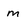
Character: m